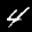
Label: 4